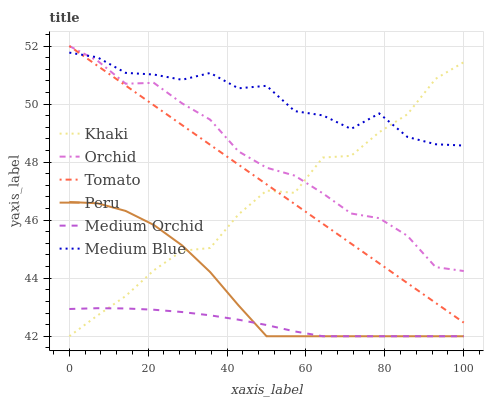
| xaxis_label | Khaki | Orchid | Tomato | Peru | Medium Orchid | Medium Blue |
 | --- | --- | --- | --- | --- | --- | --- |
 | 0 | 42 | 52 | 52 | 46.6 | 42.9 | 51.8 |
 | 7.14 | 42.7 | 51.5 | 51.3 | 46.6 | 43 | 51.6 |
 | 14.3 | 43.4 | 50.7 | 50.6 | 46.3 | 43 | 51.1 |
 | 21.4 | 44.3 | 50.7 | 50 | 45.8 | 42.9 | 51 |
 | 28.6 | 44.9 | 50 | 49.3 | 45.1 | 42.8 | 50.8 |
 | 35.7 | 45 | 49.5 | 48.6 | 44.2 | 42.7 | 51.1 |
 | 42.9 | 46.2 | 48.4 | 47.9 | 43.1 | 42.6 | 50.5 |
 | 50 | 47 | 47.8 | 47.2 | 42 | 42.4 | 50.6 |
 | 57.1 | 46.9 | 47.5 | 46.6 | 42 | 42.2 | 49.8 |
 | 64.3 | 48.2 | 46.9 | 45.9 | 42 | 42 | 49.6 |
 | 71.4 | 48.2 | 46.2 | 45.2 | 42 | 42 | 49.1 |
 | 78.6 | 49 | 46.1 | 44.5 | 42 | 42 | 49.7 |
 | 85.7 | 49.6 | 45.5 | 43.8 | 42 | 42 | 48.9 |
 | 92.9 | 50.9 | 44.4 | 43.2 | 42 | 42 | 48.6 |
 | 100 | 51.4 | 44.2 | 42.5 | 42 | 42 | 48.6 |